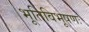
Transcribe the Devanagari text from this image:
भूतिविभूषणः